Vaccine operations Central Provinces 1868-1885 - 1868-1885
Year: 1868
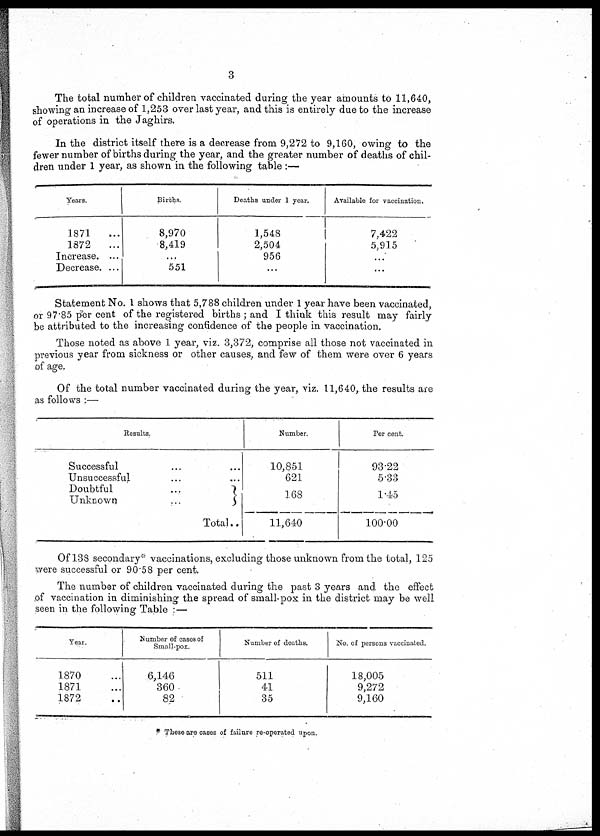
3
The total number of children vaccinated during the year amounts to 11,640,
showing an increase of 1,253 over last year, and this is entirely due to the increase
of operations in the Jaghirs.
In the district itself there is a decrease from. 9,272 to 9,160, owing to the
fewer number of births during the year, and the greater number of deaths of chil-
dren under 1 year, as shown in the following table :—
Years.
1871
...
1872
...
Increase. ...
Decrease. ...
Births.
8,970
8,419
...
551
Deaths under 1 year.
1,548
2,504
956
...
Available for vaccination.
7,422
5,915
...
...
Statement No. I shows that 5,788 children under 1 year have been vaccinated,
or 97.85 per cent of the registered births ; and I think this result may fairly
be attributed to the increasing confidence of the people in vaccination.
Those noted as above 1 year, viz. 3,372, comprise all those not vaccinated in
previous year from sickness or other causes, and few of them were over 6 years
of age.
Of the total number vaccinated during the year, viz. 11,640, the results are
as follows :—
Results.
Successful ...
Unsuccessful ...
Doubtful
...
Unknown
...
Total..
Number.
10,851
621
168
11,640
Per cent.
93.22
5.33
1.45
100.00
Of 138 secondary* vaccinations, excluding those unknown from the total, 125
were successful or 90.58 per cent.
The number of children vaccinated during the past 3 years and the effect
of vaccination in diminishing the spread of small-pox in the district may be well
seen in the following Table :—
Year.
1870 ...
1871 ...
1872 ...
Number of cases of
Small-pox.
6,146
360
82
Number of deaths.
511
41
35
No. of persons vaccinated.
18,005
9,272
9,160
* These are cases of failure re-operated upon.